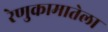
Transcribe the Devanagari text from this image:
रेणुकामातेला